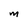
Character: M